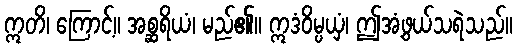
ဣတိ၊ ကြောင့်။ အစ္ဆရိယံ၊ မည်၏။ ဣဒံဝိမ္ပယှံ၊ ဤအံ့ဖွယ်သရဲသည်။